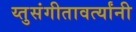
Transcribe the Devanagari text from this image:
य्तुसंगीतावर्त्यांनी